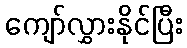
ကျော်လွှားနိုင်ပြီး